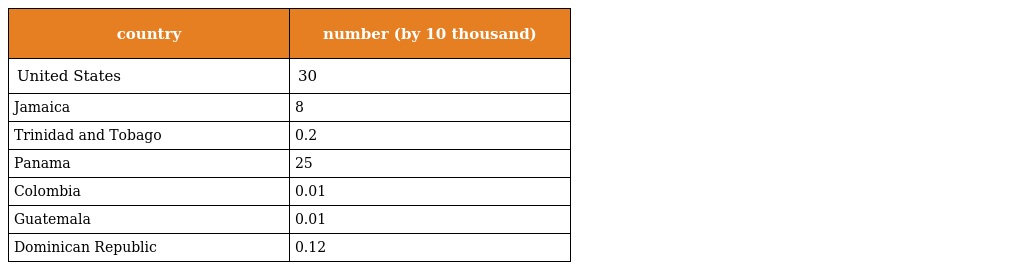
| country | number (by 10 thousand) |
 | --- | --- |
 | United States | 30 |
 | Jamaica | 8 |
 | Trinidad and Tobago | 0.2 |
 | Panama | 25 |
 | Colombia | 0.01 |
 | Guatemala | 0.01 |
 | Dominican Republic | 0.12 |